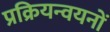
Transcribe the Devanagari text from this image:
प्रक्रियन्वयनों